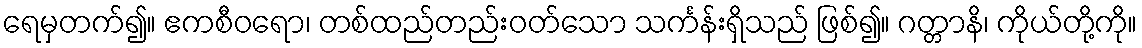
ရေမှတက်၍။ ဧကစီဝရော၊ တစ်ထည်တည်းဝတ်သော သင်္ကန်းရှိသည် ဖြစ်၍။ ဂတ္တာနိ၊ ကိုယ်တို့ကို။